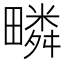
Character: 疄